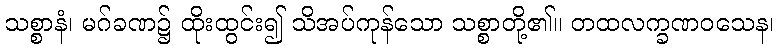
သစ္စာနံ၊ မဂ်ခဏ၌ ထိုးထွင်း၍ သိအပ်ကုန်သော သစ္စာတို့၏။ တထလက္ခဏဝသေန၊